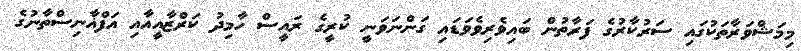
މިމަޝްވަރާތަކުގައި ސަރުކާރުގެ ފަރާތުން ބައިވެރިވެވަޑައި ގަންނަވަނީ ކުރީގެ ރައީސް ހާމިދު ކަރްޒާއީއާއި އަފްޣާނިސްތާނުގެ